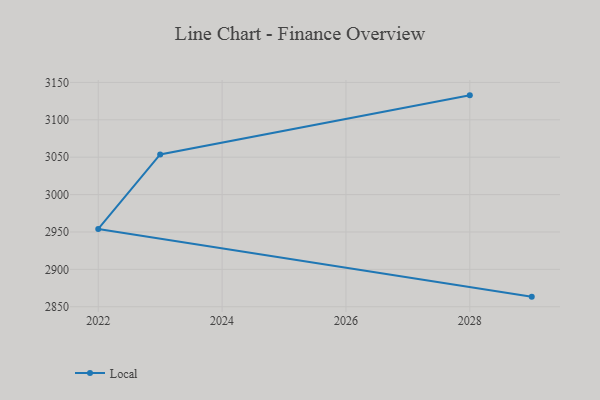
{"axis": {"x": "Year", "y": "Shipments"}, "legend": ["Local"], "data": [{"x": "2028", "y": 3132.7, "type": "Local"}, {"x": "2023", "y": 3053.7, "type": "Local"}, {"x": "2022", "y": 2954.0, "type": "Local"}, {"x": "2029", "y": 2863.5, "type": "Local"}]}